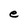
Character: e